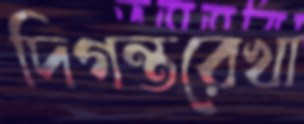
দিগন্তরেখা